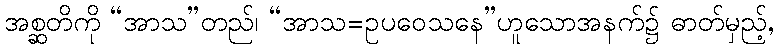
အစ္ဆတိကို “အာသ”တည်၊ “အာသ=ဥပဝေသနေ”ဟူသောအနက်၌ ဓာတ်မှည့်,